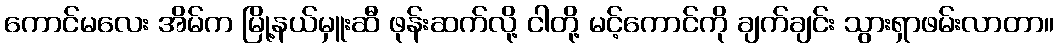
ကောင်မလေး အိမ်က မြို့နယ်မှူးဆီ ဖုန်းဆက်လို့ ငါတို့ မင့်ကောင်ကို ချက်ချင်း သွားရှာဖမ်းလာတာ။